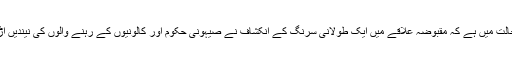
یہ ایسی حالت میں ہے کہ مقبوضہ علاقے میں ایک طولانی سرنگ کے انکشاف نے صیہونی حکوم اور کالونیوں کے رہنے والوں کی نیندیں اڑا دی ہيں۔